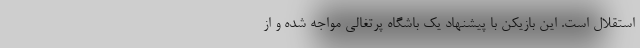
استقلال است. این بازیکن با پیشنهاد یک باشگاه پرتغالی مواجه شده و از